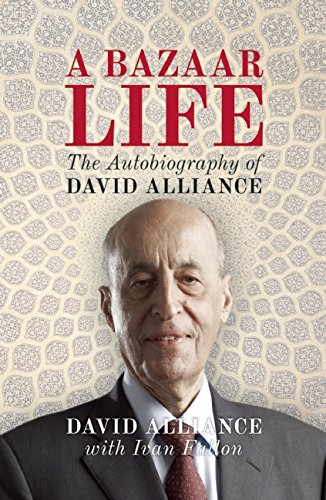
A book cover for A Bazaar Life: The Autobiography of David Alliance; David Alliance; Business & Money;